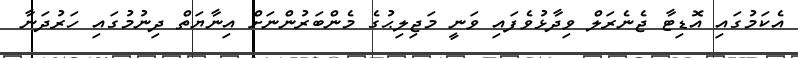
އެކަމުގައި އޮޑިޓާ ޖެނެރަލް ވިދާޅުވެފައި ވަނީ މަޖިލިޙުގެ މެންބަރުންނަށް އިނާޔަތް ދިނުމުގައި ހަރުދަނާ